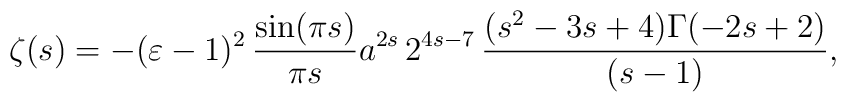
\zeta(s) = -(\varepsilon - 1)^2 \,\frac{\sin(\pi s)}{\pi s} a^{2s}\, 2^{4s-7}\, \frac{(s^2-3s+4)\Gamma(-2s+2)}{(s-1)} ,